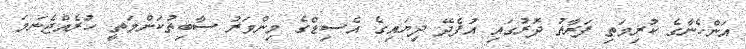
އަންހެނާގެ ކުރިމަތި ފަރާތު ދޮރުގައި އުފެދޭ ދިޔައިގެ އެސިޑްގެ މިންވަރު ސާބިތުކަންމަތީ ހުރެއްޖެނަމަ